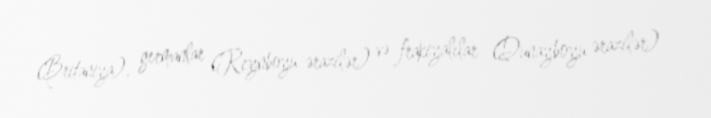
(Britaniya), germanlar (Reynboyu ərazilər) və frakiyalılar (Dunayboyu ərazilər)